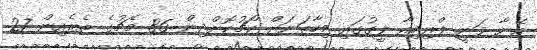
އޭނާ ވަނީ ޕްރިމިއާ ލީގުގައި މިހާތަނަށް ކޯޗުކޮށްދިން 86 މެޗުގެ ތެރެއިން 27